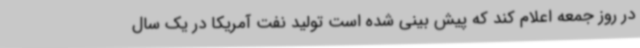
در روز جمعه اعلام کند که پیش بینی شده است تولید نفت آمریکا در یک سال